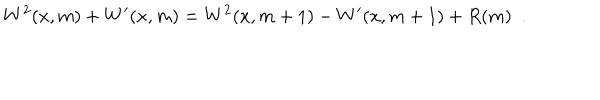
W ^ { 2 } ( x , m ) + W ^ { \prime } ( x , m ) = W ^ { 2 } ( x , m + 1 ) - W ^ { \prime } ( x , m + 1 ) + R ( m ) ~ ~ .